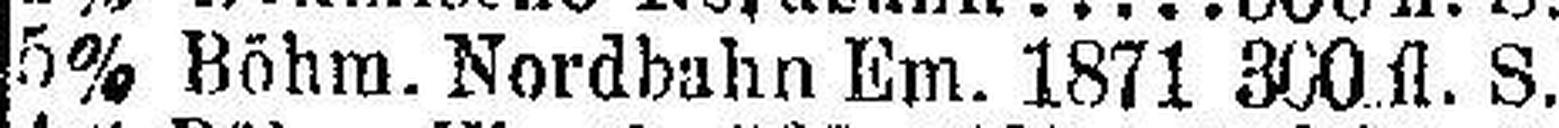
5% Böhm. Nordbahn Em. 1871 300 fl. S.